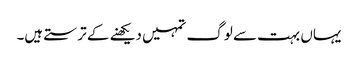
یہاں بہت سے لوگ تمہیں دیکھنے کے ترستے ہیں۔